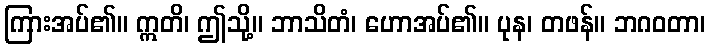
ကြားအပ်၏။ ဣတိ၊ ဤသို့။ ဘာသိတံ၊ ဟောအပ်၏။ ပုန၊ တဖန်။ ဘဂဝတာ၊